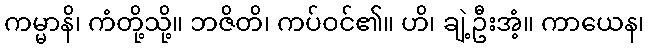
ကမ္မာနိ၊ ကံတို့သို့။ ဘဇိတိ၊ ကပ်ဝင်၏။ ဟိ၊ ချဲ့ဦးအံ့။ ကာယေန၊